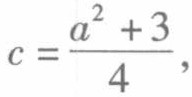
\(c = \frac{a^{2} + 3}{4},\)